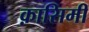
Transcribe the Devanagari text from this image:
क़ासिमी